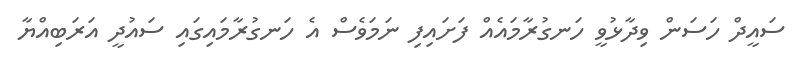
ސައީދް ހަސަން ވިދާޅުވީ ހަނގުރާމައެއް ފަށައިފި ނަމަވެސް އެ ހަނގުރާމައިގައި ސައުދީ އަރަބިއްޔާ